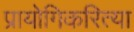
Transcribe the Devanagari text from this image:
प्रायोगिकरित्या